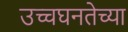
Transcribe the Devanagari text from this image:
उच्चघनतेच्या